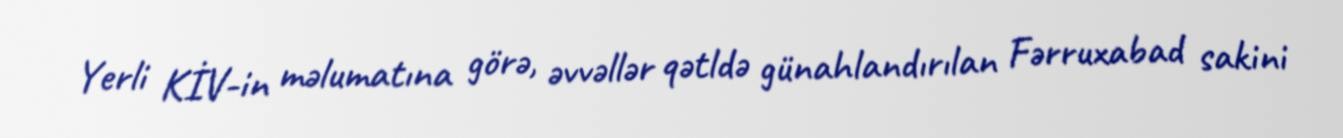
Yerli KİV-in məlumatına görə, əvvəllər qətldə günahlandırılan Fərruxabad sakini